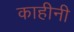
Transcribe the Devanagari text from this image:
काहीनी